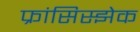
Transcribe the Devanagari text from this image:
फ्रांसिस्झेक